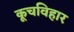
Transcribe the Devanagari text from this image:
कूचविहार